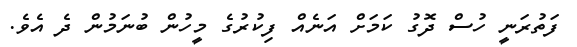
ފަތުރަނީ ހުސް ދޮގު ކަމަށް އަނެއް ފިކުރުގެ މީހުން ބުނަމުން ދެ އެވެ.